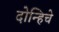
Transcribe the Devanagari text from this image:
दोन्हिचे